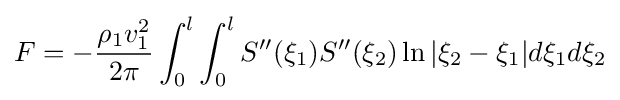
F=-{\frac {\rho _{1}v_{1}^{2}}{2\pi }}\int _{0}^{l}\int _{0}^{l}S''(\xi _{1})S''(\xi _{2})\ln |\xi _{2}-\xi _{1}|d\xi _{1}d\xi _{2}